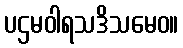
ပဌမဝါရသဒိသမေဝ။